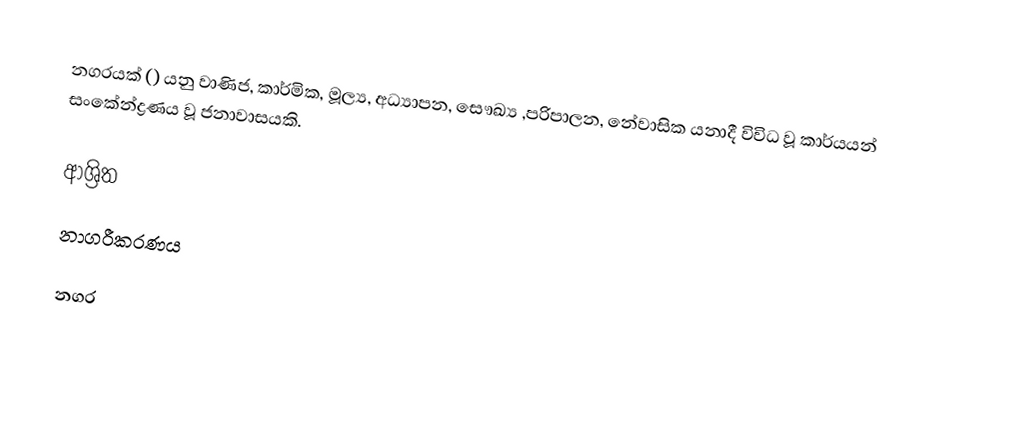
නගරයක් () යනු වාණිජ, කාර්මික, මූල්‍ය, අධ්‍යාපන, සෞඛ්‍ය ,පරිපාලන, නේවාසික යනාදී විවිධ වූ කාර්යයන් සංකේන්ද්‍රණය වූ ජනාවාසයකි.

ආශ්‍රිත
 නාගරීකරණය

නගර